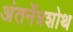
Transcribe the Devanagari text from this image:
अंतर्नेत्रशोथ